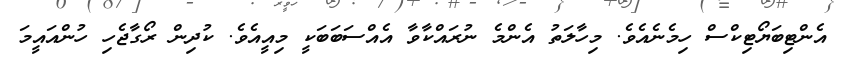
އެންޓިބަޔޯޓިކްސް ހިމެނެއެވެ. މިހާލަތު އެންމެ ނުރައްކާވާ އެއްސަބަބަކީ މިއީއެވެ. ކުދިން ރޯގާޖެހި ހުންއައީމަ